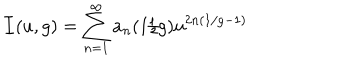
{ \cal I } ( u , g ) = \sum _ { n = 1 } ^ { \infty } a _ { n } ( 1 / g ) u ^ { 2 n ( 1 / g - 1 ) }